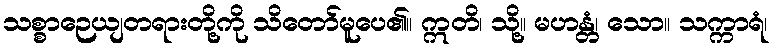
သစ္စာဉေယျတရားတို့ကို သိတော်မူပေ၏။ ဣတိ၊ သို့။ မဟန္တံ၊ သော။ သက္ကာရံ၊